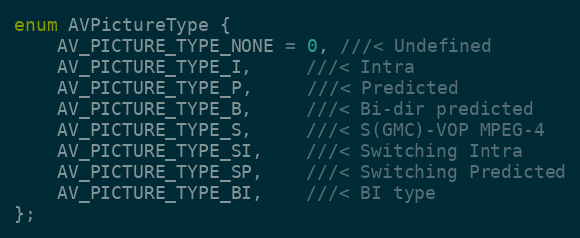
Language: C
enum AVPictureType {
    AV_PICTURE_TYPE_NONE = 0, ///< Undefined
    AV_PICTURE_TYPE_I,     ///< Intra
    AV_PICTURE_TYPE_P,     ///< Predicted
    AV_PICTURE_TYPE_B,     ///< Bi-dir predicted
    AV_PICTURE_TYPE_S,     ///< S(GMC)-VOP MPEG-4
    AV_PICTURE_TYPE_SI,    ///< Switching Intra
    AV_PICTURE_TYPE_SP,    ///< Switching Predicted
    AV_PICTURE_TYPE_BI,    ///< BI type
};